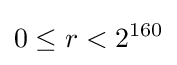
0\leq r<2^{160}